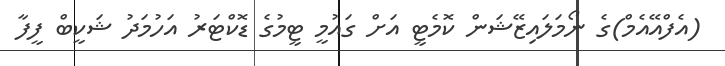
(އެފްއޭއެމް)ގެ ނޯމަލައިޒޭޝަން ކޮމެޓީ އަށް ގައުމީ ޓީމުގެ ޑޮކްޓަރު އަހުމަދު ޝަކީބް ފީފާ